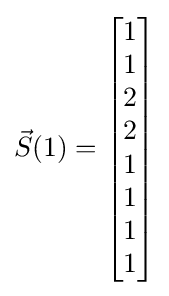
{\vec {S}}(1)={\begin{bmatrix}1\\1\\2\\2\\1\\1\\1\\1\end{bmatrix}}